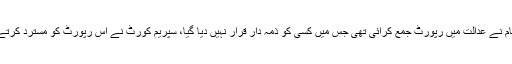
یاد رہے کہ ڈی پی او پاکپتن تبادلے سے متعلق اس وقت کے آئی جی پنجاب کلیم امام نے عدالت میں رپورٹ جمع کرائی تھی جس میں کسی کو ذمہ دار قرار نہیں دیا گیا، سپریم کورٹ نے اس رپورٹ کو مسترد کرتے ہوئے سینئر پولیس افسر خالق داد لک کو انکوائری کی ذمہ داری سونپی گئی تھی۔